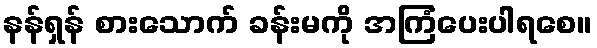
နန်ရှန် စားသောက် ခန်းမကို အကြံပေးပါရစေ။